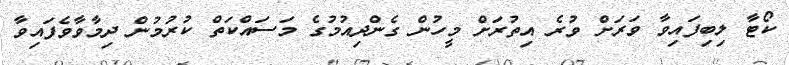
ކޯޓާ ލިބިފައިވާ ވަރަށް ވުރެ އިތުރަށް މީހުން ގެންދިއުމުގެ މަސައްކަތް ކުރުމުން ދިމާވާވެފައިވާ